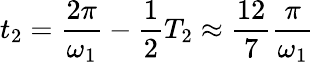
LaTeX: t_{2}=\frac{2\pi}{\omega_{1}}-\frac{1}{2}T_{2}\approx\frac{12}{7}\frac{\pi}{\omega_{1}}